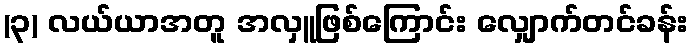
(၃) လယ်ယာအတူ အလှူဖြစ်ကြောင်း လျှောက်တင်ခန်း